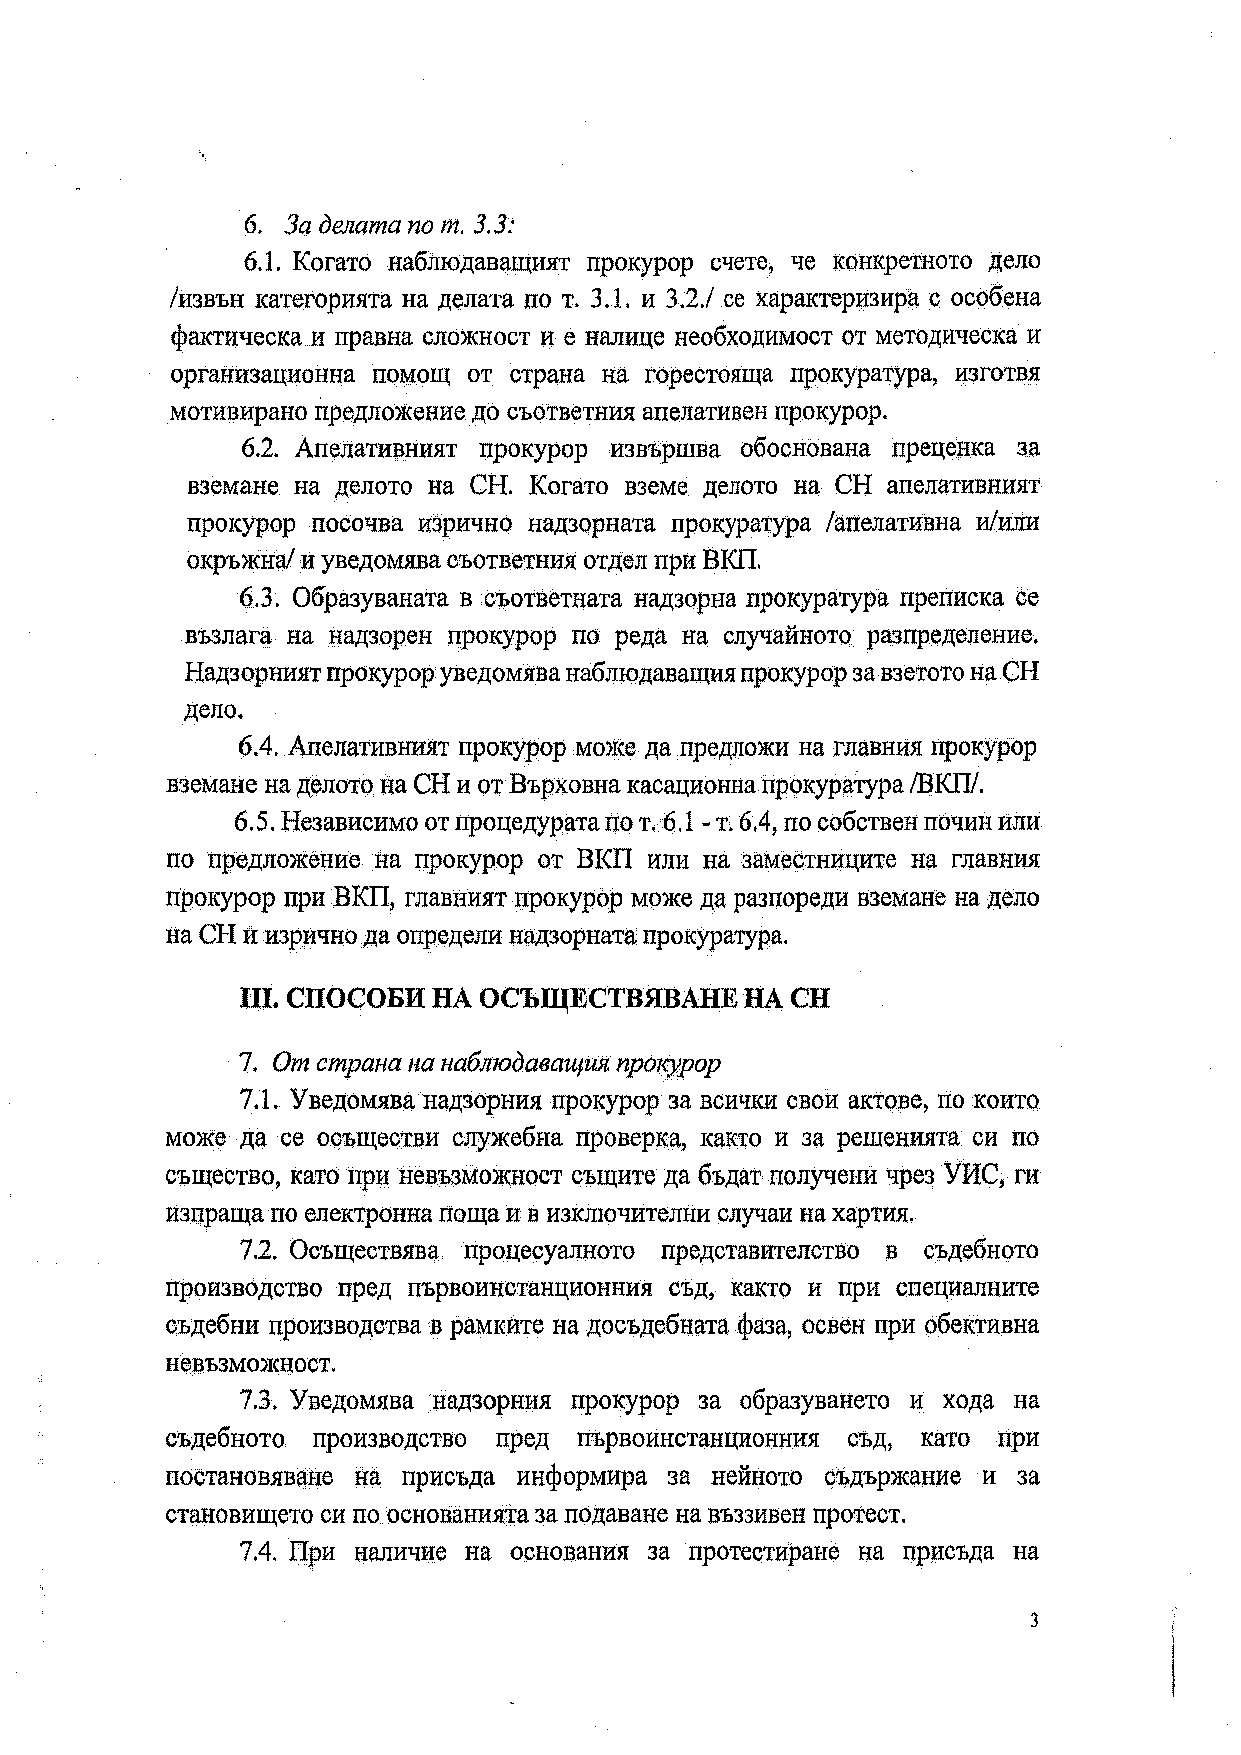
6. За делата пот. 3.3:
 6.1.
 Когато наблюдаващият прокурор счете, че конкретното дело
 3.1. 3.2./
 /извън категорията на делата пот. и  се характеризира с особена
 фактическа и правна сложност и е налице необходимост от методическа и
 организационна помощ от страна на горестояща прокуратура, изготвя
 мотивирано предложение до съответния апелативен прокурор.
 6.2.
 Апелативният прокурор извършва обоснована преценка за
 вземане на делото на СН. Когато вземе делото на СН апелативният
 прокурор посочва изрично надзорната прокуратура /апелативна и/или
 окръжна/ и уведомява съответния отдел при ВКП.
 6.3.
 Образуваната в съответната надзорна прокуратура преписка се
 възлага на надзорен прокурор по реда на случайното разпределение.
 Надзорният прокурор уведомява наблюдаващия прокурор за взетото на СН
 дело.
 6.4.
 Апелативният прокурор може да предложи на главния прокурор
 вземане на делото на СН и от Върховна касационна прокуратура /ВКП/.
 6.5.                         6.1 - 6.4,
 Независимо от процедурата пот. т. по собствен почин или
 по предложение на прокурор от ВКП или на заместниците на главния
 прокурор при ВКП, главният прокурор може да разпореди вземане на дело
 на СН и изрично да определи надзорната прокуратура.
 IП. СПОСОБИ НА  ОСЪЩЕСТВЯВАНЕ    НА СН
 7. От страна на наблюдаващия прокурор
 7.1.
 Уведомява надзорния прокурор за всички свои актове, по които
 може да се осъществи служебна проверка, както и за решенията си по
 същество, като при невъзможност същите да бъдат получени чрез УИС, ги
 изпраща по електронна поща и в изключителни случаи на хартия.
 7.2.
 Осъществява процесуалното представителство в съдебното
 производство пред първоинстанционния съд, както и при специалните
 съдебни производства в рамките на досъдебната фаза, освен при обективна
 невъзможност.
 7.3.
 Уведомява надзорния прокурор за образуването и хода на
 съдебното производство пред първоинстанционния съд, като при
 постановяване на присъда информира за нейното съдържание и за
 становището си по основанията за подаване на въззивен протест.
 7.4.
 При наличие на основания за протестиране на присъда на
 з